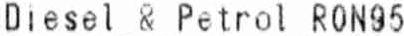
DIESEL & PETROL RON95